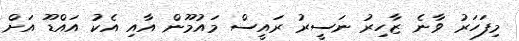
މިފަހަރު ވާނެ ޒާހިރު ނަސީރު ރައީސް މައުމޫން އާއި އެކު އައްޑޫ އަށް